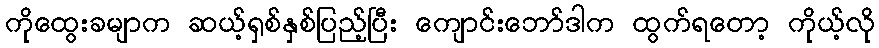
ကိုထွေးခမျာက ဆယ့်ရှစ်နှစ်ပြည့်ပြီး ကျောင်းဘော်ဒါက ထွက်ရတော့ ကိုယ့်လို